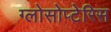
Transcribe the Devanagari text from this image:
ग्लोसोप्टेरिस